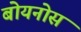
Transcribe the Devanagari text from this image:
बोयनोस